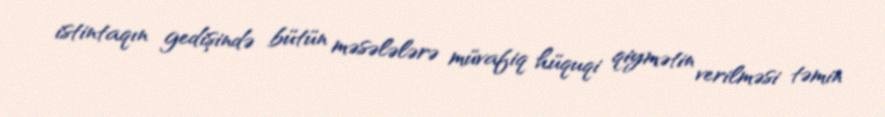
istintaqın gedişində bütün məsələlərə müvafiq hüquqi qiymətin verilməsi təmin